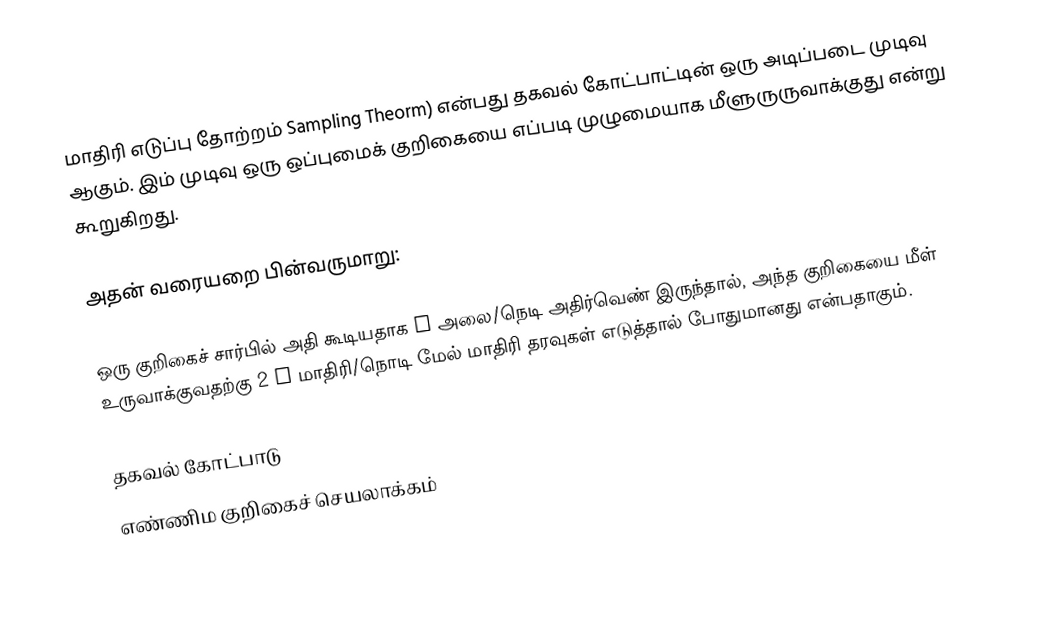
மாதிரி எடுப்பு தோற்றம் Sampling Theorm) என்பது தகவல் கோட்பாட்டின் ஒரு அடிப்படை முடிவு ஆகும்.  இம் முடிவு ஒரு ஒப்புமைக் குறிகையை எப்படி முழுமையாக மீளுருருவாக்குது என்று கூறுகிறது.

அதன் வரையறை பின்வருமாறு:

ஒரு குறிகைச் சார்பில் அதி கூடியதாக B அலை/நெடி அதிர்வெண் இருந்தால், அந்த குறிகையை மீள் உருவாக்குவதற்கு 2 B மாதிரி/நொடி மேல் மாதிரி தரவுகள் எடுத்தால் போதுமானது என்பதாகும்.

தகவல் கோட்பாடு
எண்ணிம குறிகைச் செயலாக்கம்